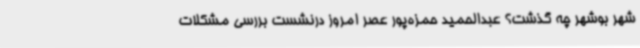
شهر بوشهر چه گذشت؟ عبدالحمید حمزه‌پور عصر امروز درنشست بررسی مشکلات